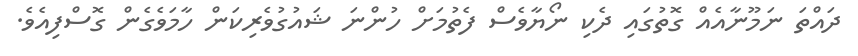
ދައްތަ ނަމޫނާއެއް ގޮތުގައި ދެކި ނޯޔާވެސް ފެތުމަށް ހުންނަ ޝައުގުވެރިކަން ހާމަވެގެން ގޮސްފިއެވެ.